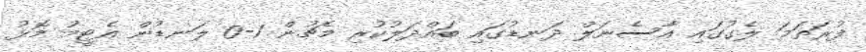
ފުރަތަމަ ލެގުގައި އާސެނަލް ދަނޑުގައި ބައްދަލުކުރި މެޗުން 1-0 ލަނޑުން އެޓީމު މޮޅު